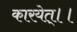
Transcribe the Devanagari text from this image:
कारयेत्।।